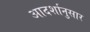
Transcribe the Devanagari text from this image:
आदर्शानुसार